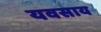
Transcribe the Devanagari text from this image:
यवसाय